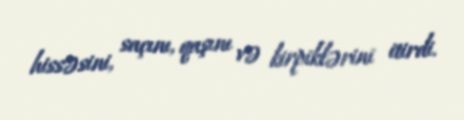
hissəsini, saçını, qaşını və kirpiklərini itirdi.